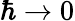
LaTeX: \hbar\rightarrow 0